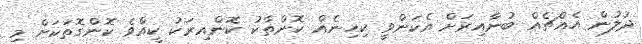
ދުލުން އެއްޗެއް ބުނާއިރަށް އެކަންވީ ކިހިނެއް ކޮންތާކު ކޮންއިރަކު ކީއްވެ ކޮންގޮތަކަށް މި